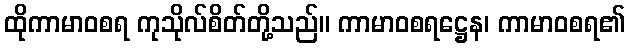
ထိုကာမာဝစရ ကုသိုလ်စိတ်တို့သည်။ ကာမာဝစရဋ္ဌေန၊ ကာမာဝစရ၏